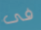
فى